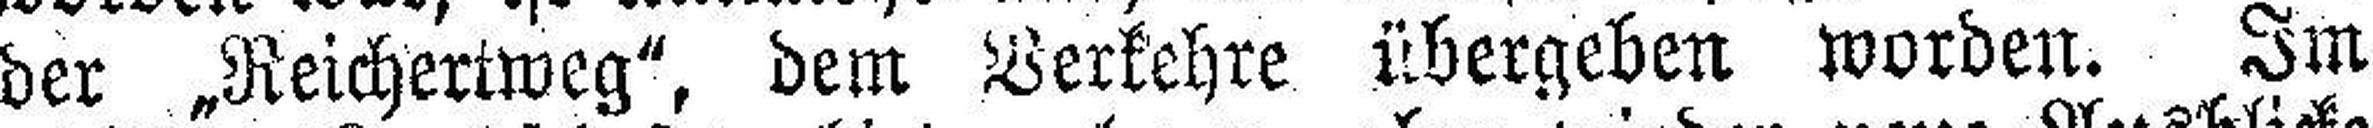
der „Reichertweg“, dem Verkehre übergeben worden. Im